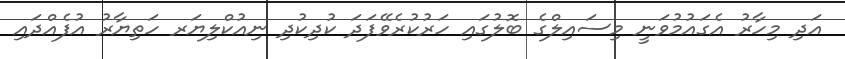
އަދި މިހާރު އެގައުމުވަނީ މިސައިލްގެ ބޮލުގައި ހަރުކުރެވޭފަދަ ކުދިކުދި ނިއުކްލިޔަރ ހަތިޔާރު އުފެއްދައި